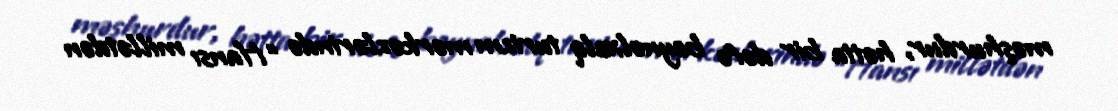
məşhurdur, hətta bir dəfə beynəlxalq turizm mərkəzlərində “Hansı millətdən